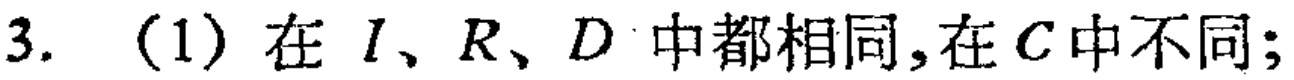
3. (1) 在 \(I、R、D\) 中都相同,在 \(C\) 中不同;